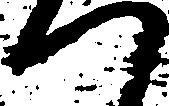
つ